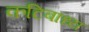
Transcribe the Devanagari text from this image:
कटिबाध्य